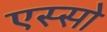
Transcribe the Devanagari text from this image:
एस्सो